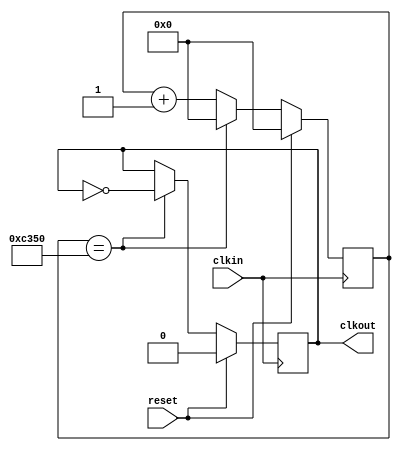
`timescale 1ns / 1ps

module CLK_Divider#(parameter IN_CLK_FRQ = 1000000, OUT_CLK_FRQ = 10)
   (
    input      reset,
    input      clkin,
    output reg clkout
    );

   localparam CLK_PER_CLK = IN_CLK_FRQ / (2*OUT_CLK_FRQ);

   reg [31:0] counter;

   always @(posedge clkin)
     begin
        if (reset)
          begin
             clkout <= 0;
             counter <= 0;
          end
        else if (counter == CLK_PER_CLK)
          begin
             clkout <= ~clkout;
             counter <= 0;
          end
        else
          begin
             counter <= counter + 1;
          end
     end // always @ (posedge clkin)
endmodule // CLK_Divider